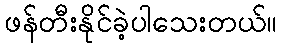
ဖန်တီးနိုင်ခဲ့ပါသေးတယ်။